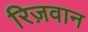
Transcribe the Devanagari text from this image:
रिज़वान